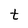
Character: t